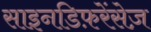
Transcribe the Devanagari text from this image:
साइनडिफ़रेंसेज़